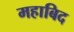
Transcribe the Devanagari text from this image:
महाबिद